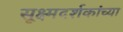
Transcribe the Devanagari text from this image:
सूक्ष्मदर्शकांच्या